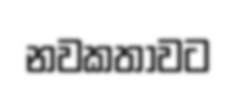
නවකතාවට